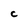
Character: C